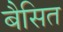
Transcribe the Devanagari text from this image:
बैसित